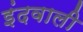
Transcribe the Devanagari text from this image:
इंदवाली